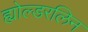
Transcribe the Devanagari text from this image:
ह्योल्डरलिन